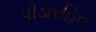
પીડારહિત